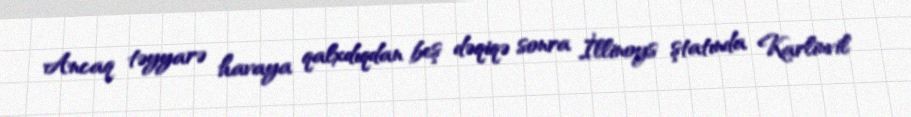
Ancaq təyyarə havaya qalxdıqdan beş dəqiqə sonra İllinoys ştatında Karlinvil